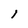
Character: l